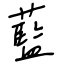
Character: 藍